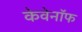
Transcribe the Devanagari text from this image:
केवेनॉफ